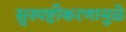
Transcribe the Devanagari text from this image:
सुस्पष्टीकरणामुळे